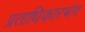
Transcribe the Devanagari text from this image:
प्रताधिकारभंग